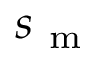
s _ { \mathrm { ~ m ~ } }